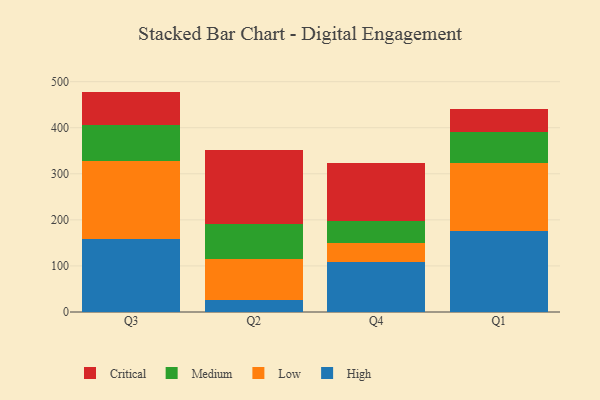
{"axis": {"x": "Quarter", "y": "Population (Million)"}, "legend": ["Critical", "High", "Low", "Medium"], "data": [{"x": "Q3", "y": 157.7, "type": "High"}, {"x": "Q3", "y": 170.0, "type": "Low"}, {"x": "Q3", "y": 77.3, "type": "Medium"}, {"x": "Q3", "y": 73.4, "type": "Critical"}, {"x": "Q2", "y": 25.5, "type": "High"}, {"x": "Q2", "y": 88.7, "type": "Low"}, {"x": "Q2", "y": 76.1, "type": "Medium"}, {"x": "Q2", "y": 162.1, "type": "Critical"}, {"x": "Q4", "y": 109.6, "type": "High"}, {"x": "Q4", "y": 40.1, "type": "Low"}, {"x": "Q4", "y": 47.1, "type": "Medium"}, {"x": "Q4", "y": 126.1, "type": "Critical"}, {"x": "Q1", "y": 175.8, "type": "High"}, {"x": "Q1", "y": 148.5, "type": "Low"}, {"x": "Q1", "y": 65.6, "type": "Medium"}, {"x": "Q1", "y": 50.0, "type": "Critical"}]}